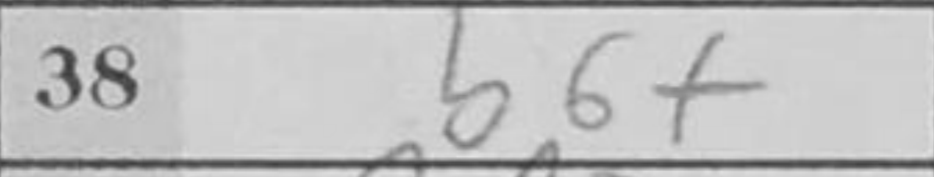
Transcription: b6+